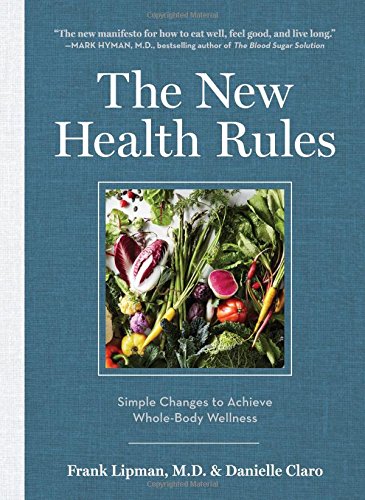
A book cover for The New Health Rules: Simple Changes to Achieve Whole-Body Wellness; Frank Lipman   M.D.; Religion & Spirituality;